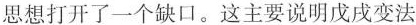
思想打开了一个缺口。这主要说明戊戌变法